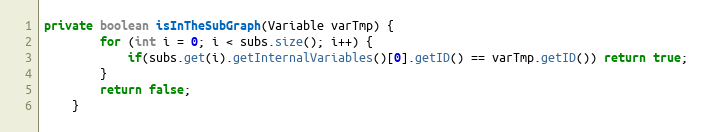
Language: Java
private boolean isInTheSubGraph(Variable varTmp) {
		for (int i = 0; i < subs.size(); i++) {
			if(subs.get(i).getInternalVariables()[0].getID() == varTmp.getID()) return true;
		}
		return false;
	}